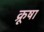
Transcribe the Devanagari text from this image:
क्रूषा